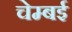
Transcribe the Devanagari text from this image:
चेम्बई